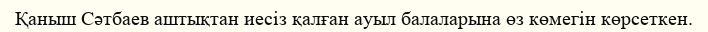
Қаныш Сәтбаев аштықтан иесіз қалған ауыл балаларына өз көмегін көрсеткен.